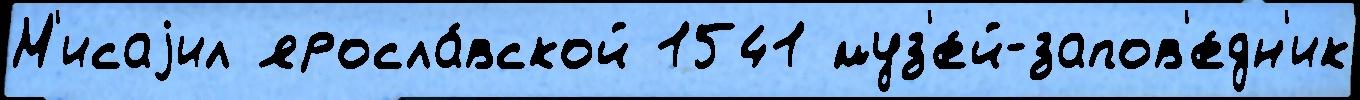
М'исаjил яросла́вской 1541 муз'е́й-запов'е́дн'ик